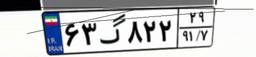
۱۳گ۳۷۵۳۰